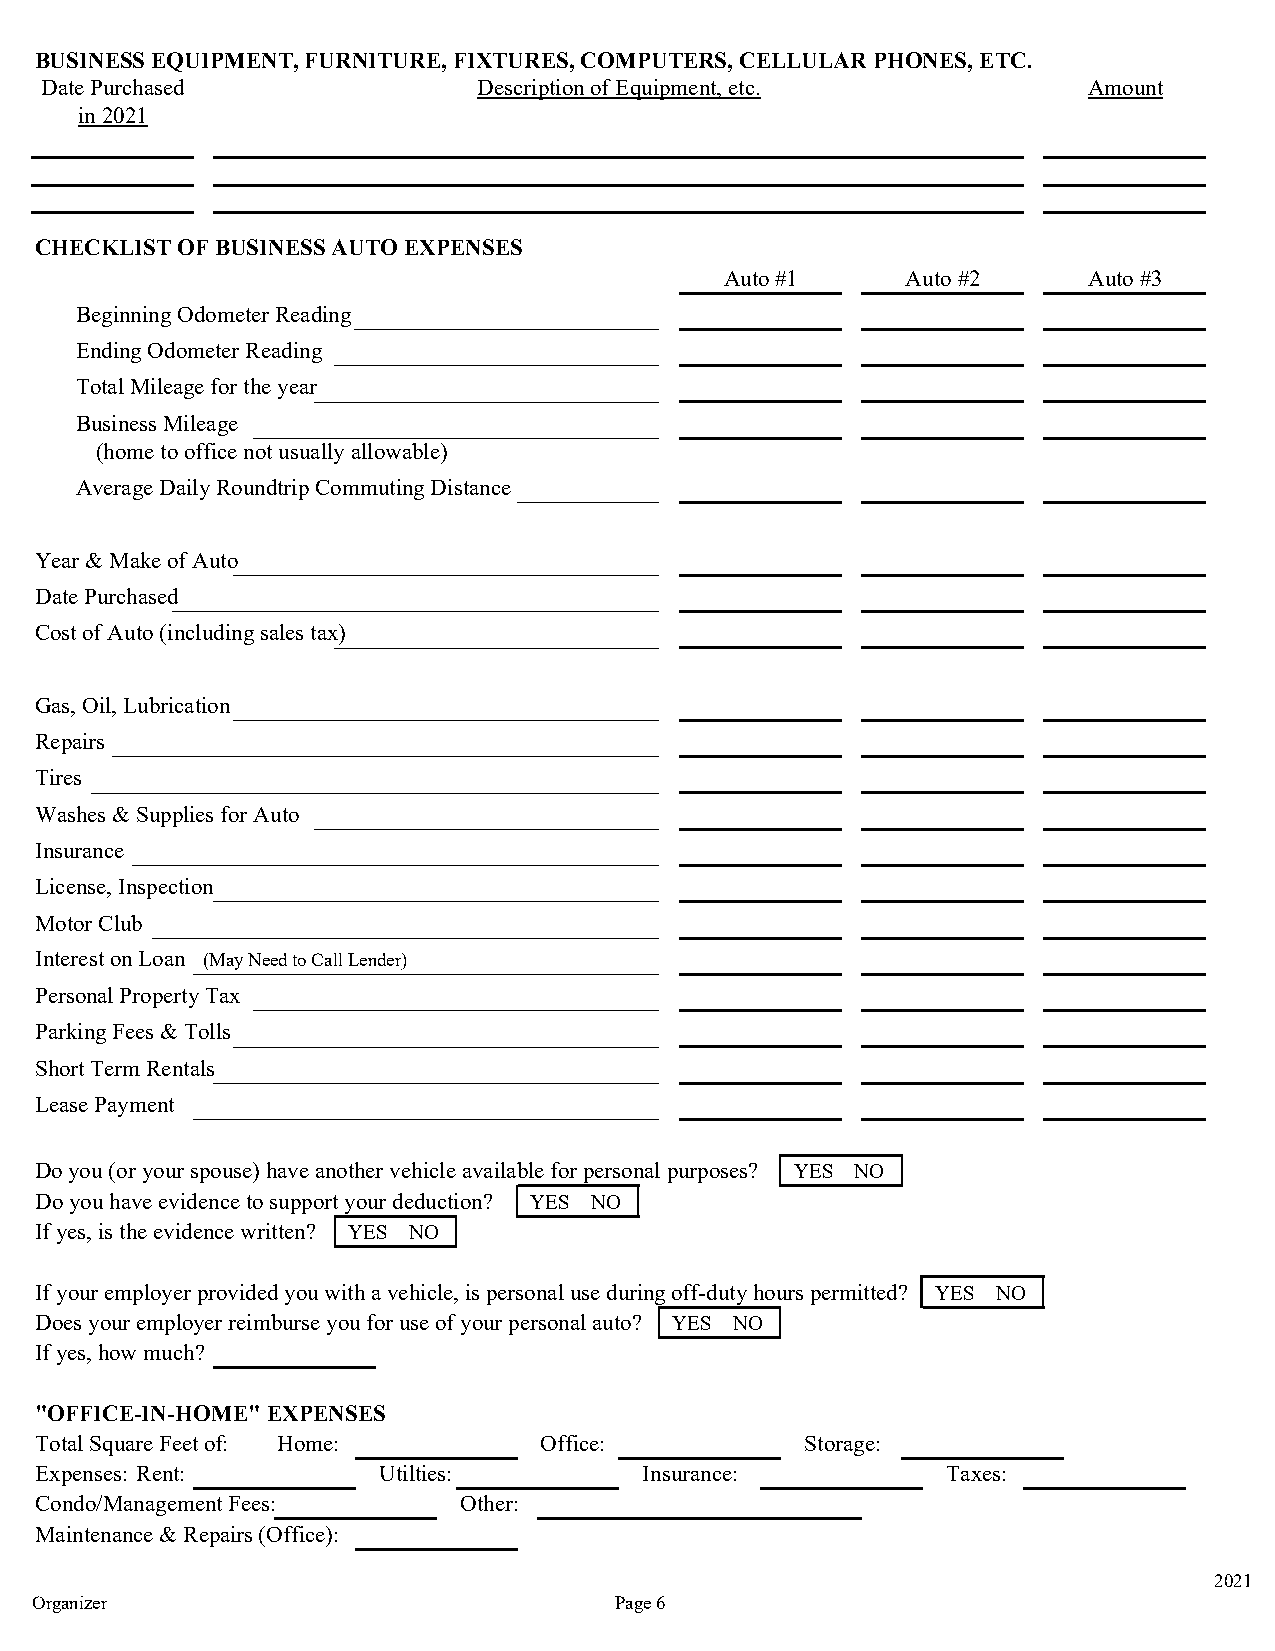
BUSINESS EQUIPMENT, FURNITURE, FIXTURES, COMPUTERS, CELLULAR PHONES, ETC.
 Date Purchased               Description of Equipment, etc.          Amount
 in 2021
 CHECKLIST OF BUSINESS AUTO EXPENSES
 Auto #1     Auto #2     Auto #3
 Beginning Odometer Reading
 Ending Odometer Reading
 Total Mileage for the year
 Business Mileage
 (home to office not usually allowable)
 Average Daily Roundtrip Commuting Distance
 Year & Make of Auto
 Date Purchased
 Cost of Auto (including sales tax)
 Gas, Oil, Lubrication
 Repairs
 Tires
 Washes & Supplies for Auto
 Insurance
 License, Inspection
 Motor Club
 Interest on Loan (May Need to Call Lender)
 Personal Property Tax
 Parking Fees & Tolls
 Short Term Rentals
 Lease Payment
 Do you (or your spouse) have another vehicle available for personal purposes? YES NO
 Do you have evidence to support your deduction? YES NO
 If yes, is the evidence written? YES NO
 If your employer provided you with a vehicle, is personal use during off-duty hours permitted? YES NO
 Does your employer reimburse you for use of your personal auto? YES NO
 If yes, how much?
 "OFFICE-IN-HOME" EXPENSES
 Total Square Feet of: Home:       Office:          Storage:
 Expenses: Rent:        Utilties:         Insurance:          Taxes:
 Condo/Management Fees:      Other:
 Maintenance & Repairs (Office):
 2021
 Organizer                              Page 6